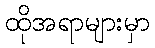
ထိုအရာများမှာ